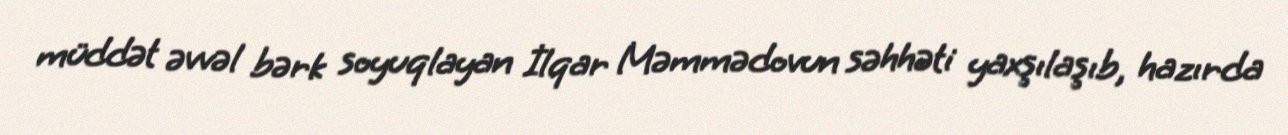
müddət əvvəl bərk soyuqlayan İlqar Məmmədovun səhhəti yaxşılaşıb, hazırda